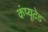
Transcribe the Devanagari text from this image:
कंप्यूटेड